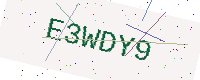
Text: E3WDY9